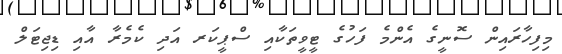
މިފިހާރައިން ސޮނީގެ އެންމެ ފަހުގެ ޓީވީތަކާއި ސްޕީކަރ އަދި ކެމެރާ އާއި ޑިޖިޓަލް